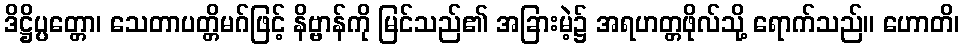
ဒိဋ္ဌိပ္ပတ္တော၊ သေတာပတ္တိမဂ်ဖြင့် နိဗ္ဗာန်ကို မြင်သည်၏ အခြားမဲ့၌ အရဟတ္တဖိုလ်သို့ ရောက်သည်။ ဟောတိ၊